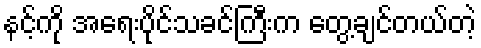
နင့်ကို အရေးပိုင်သခင်ကြီးက တွေ့ချင်တယ်တဲ့